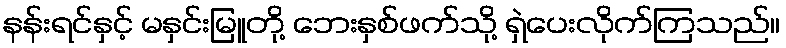
နန်းရင်နှင့် မနှင်းမြူတို့ ဘေးနှစ်ဖက်သို့ ရှဲပေးလိုက်ကြသည်။